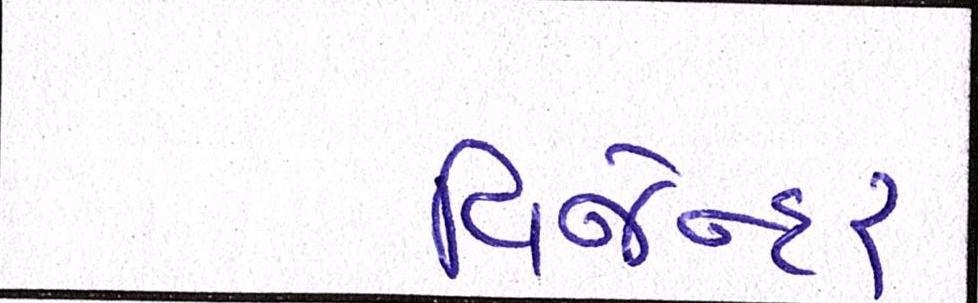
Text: વિજેન્દર